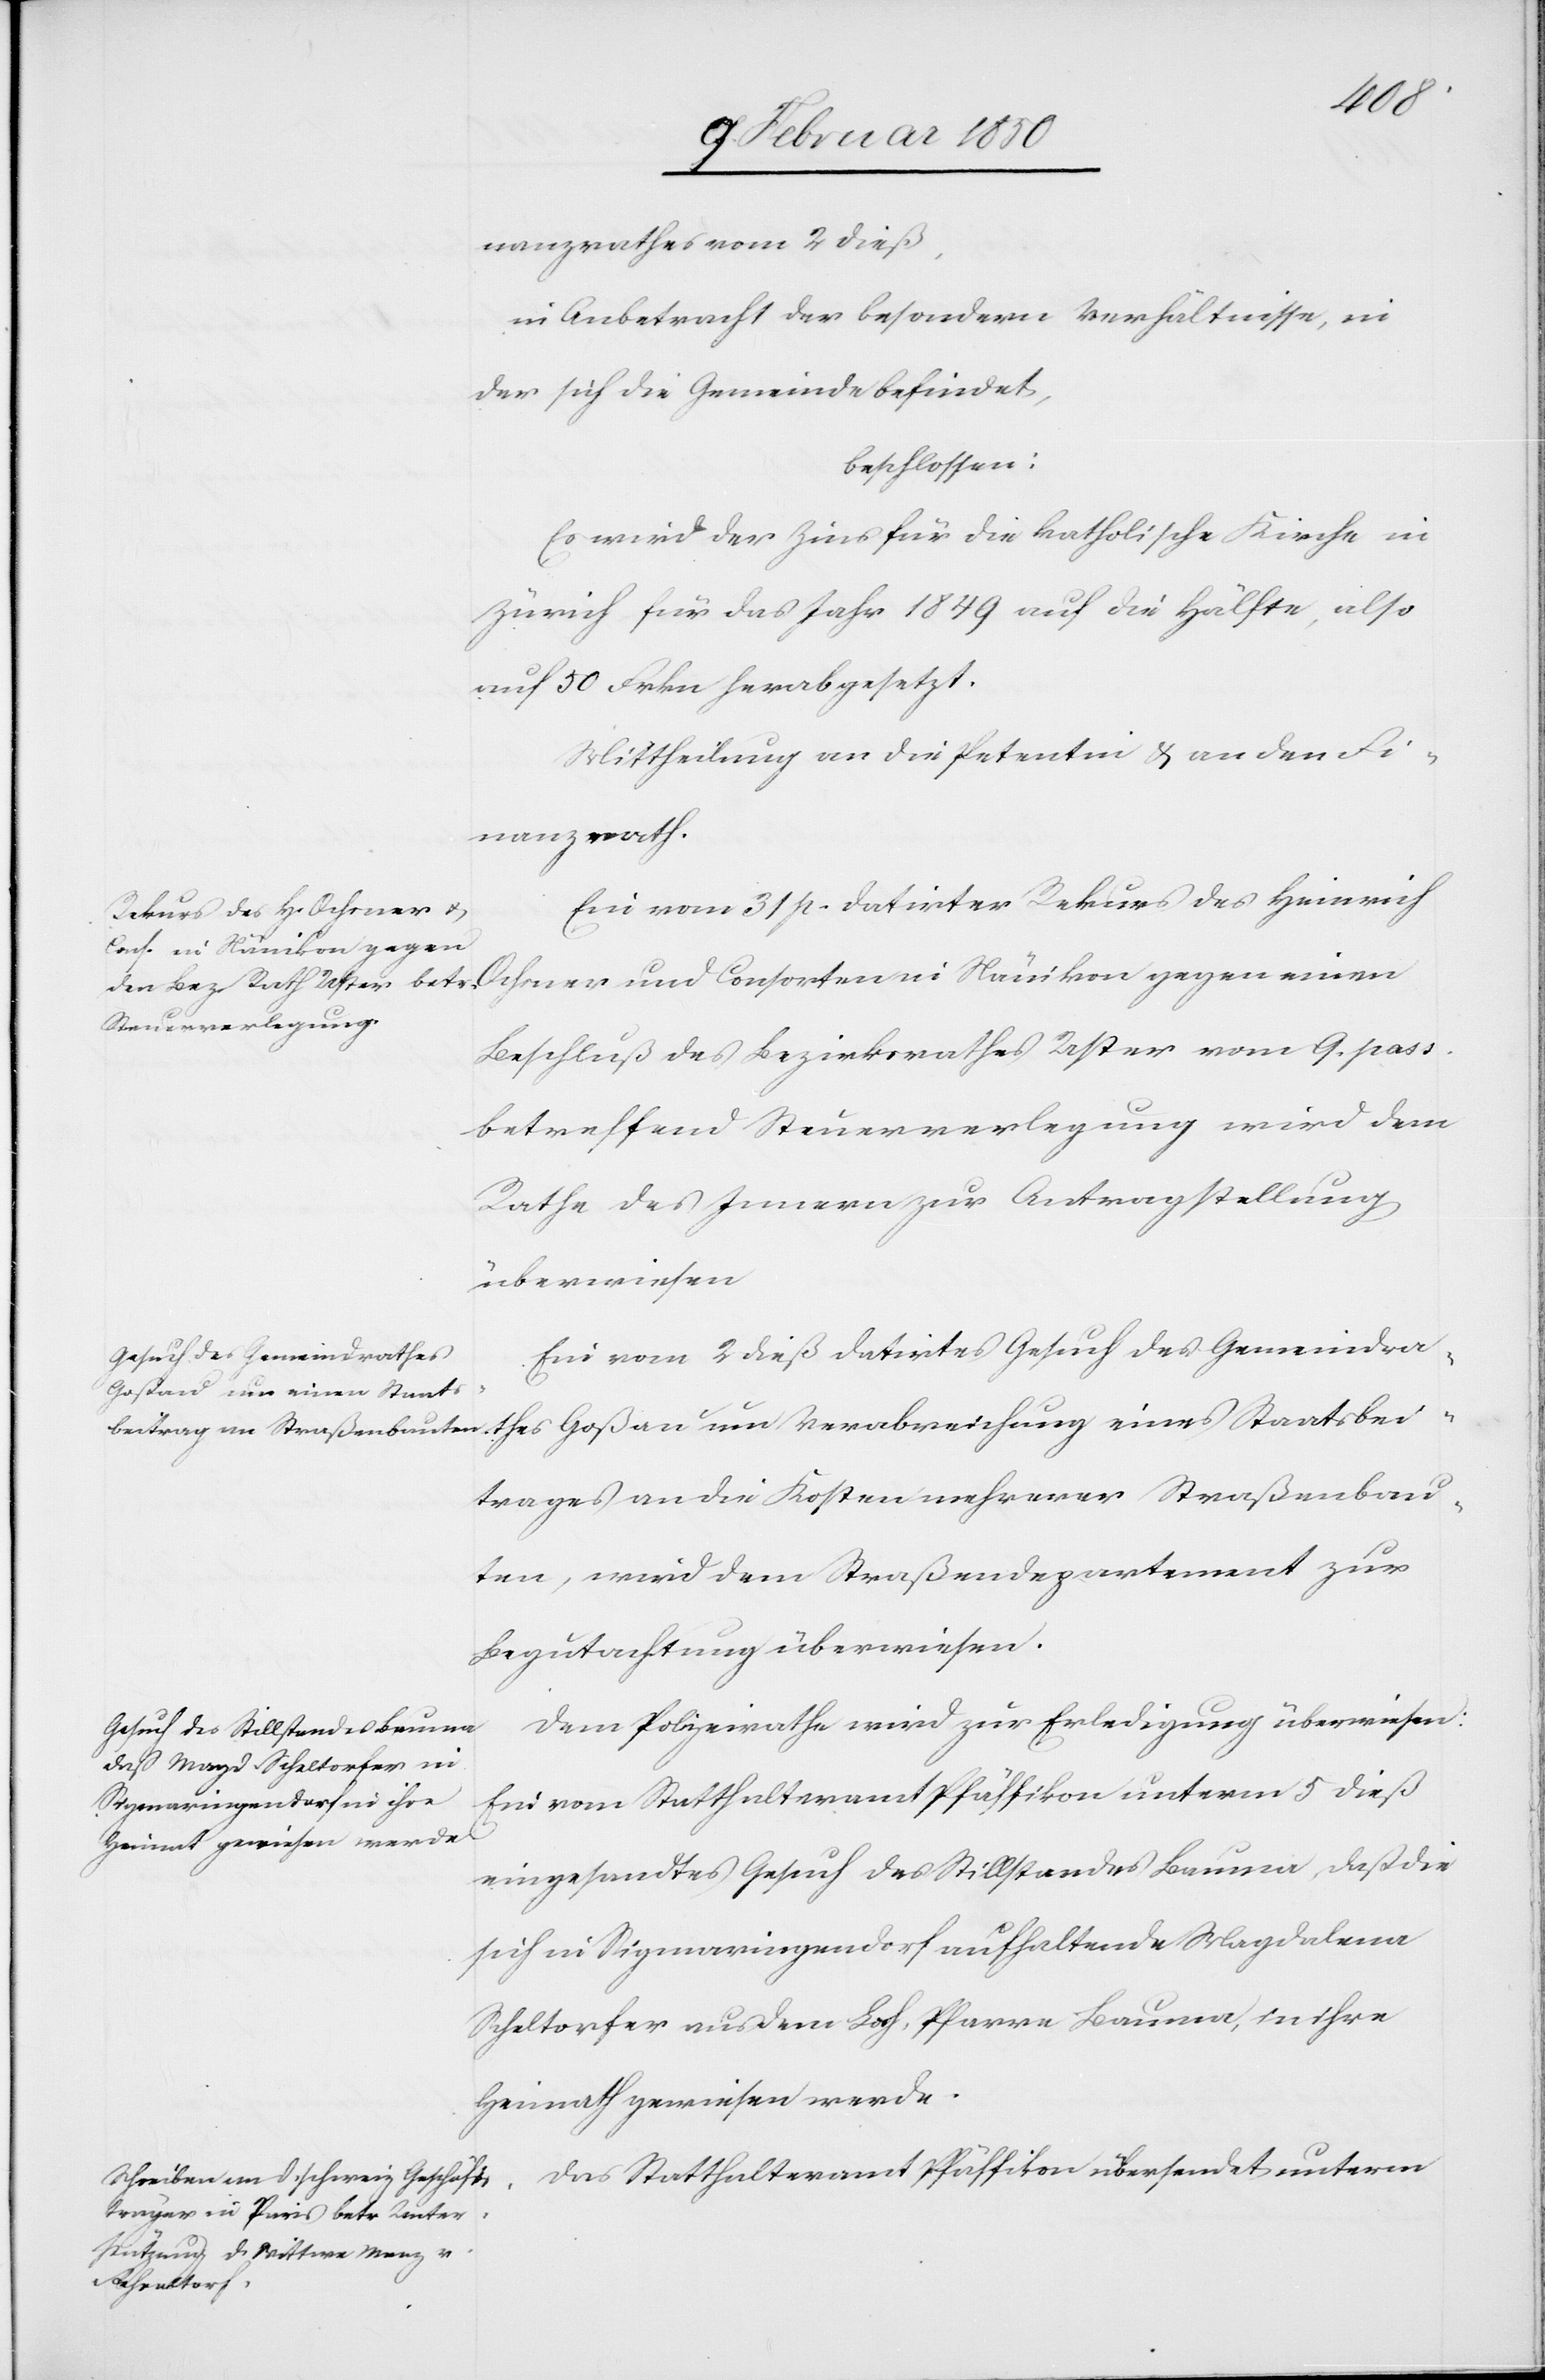
bei¬
nanzrathes vom 2 dieß,
in Anbetracht der besondern Verhältnisse, in
der sich die Gemeinde befindet,
beschlossen:
Es wird der Zins für die katholische Kirche in
Zürich für das Jahr 1849 auf die Hälfte, also
auf 50 Frkn herabgesetzt.
Mittheilung an die Petentin u. an den Fi¬
nanzrath.
Ein vom 31 p. datirter Rekurs des Heinrich
Ochsner und Consorten in Nänikon gegen einen
Beschluß des Bezirksrathes Uster vom 9. pass.
betreffend Steuerverlegung wird dem
Rathe des Innern zur Antragstellung
überwiesen.
Ein vom 2 dieß datirtes Gesuch des Gemeindra¬
trages an die Kosten mehrerer Straßenbau¬
ten, wird dem Straßendepartement zur
Begutachtung überwiesen.
Dem Polizeirathe wird zur Erledigung überwiesen:
Ein vom Statthalteramt Pfäffikon unterm 5 dieß
eingesandtes Gesuch des Stillstandes Bauma, daß die
sich in Sigmaringendorf aufhaltende Magdalena
Scheltorfer aus dem Looh, Pfarre Bauma, in ihre
Heimath gewiesen werde.
Das Statthalteramt Pfäffikon übersendet unterm